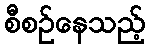
စီစဉ်နေသည့်